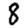
Digit: 8